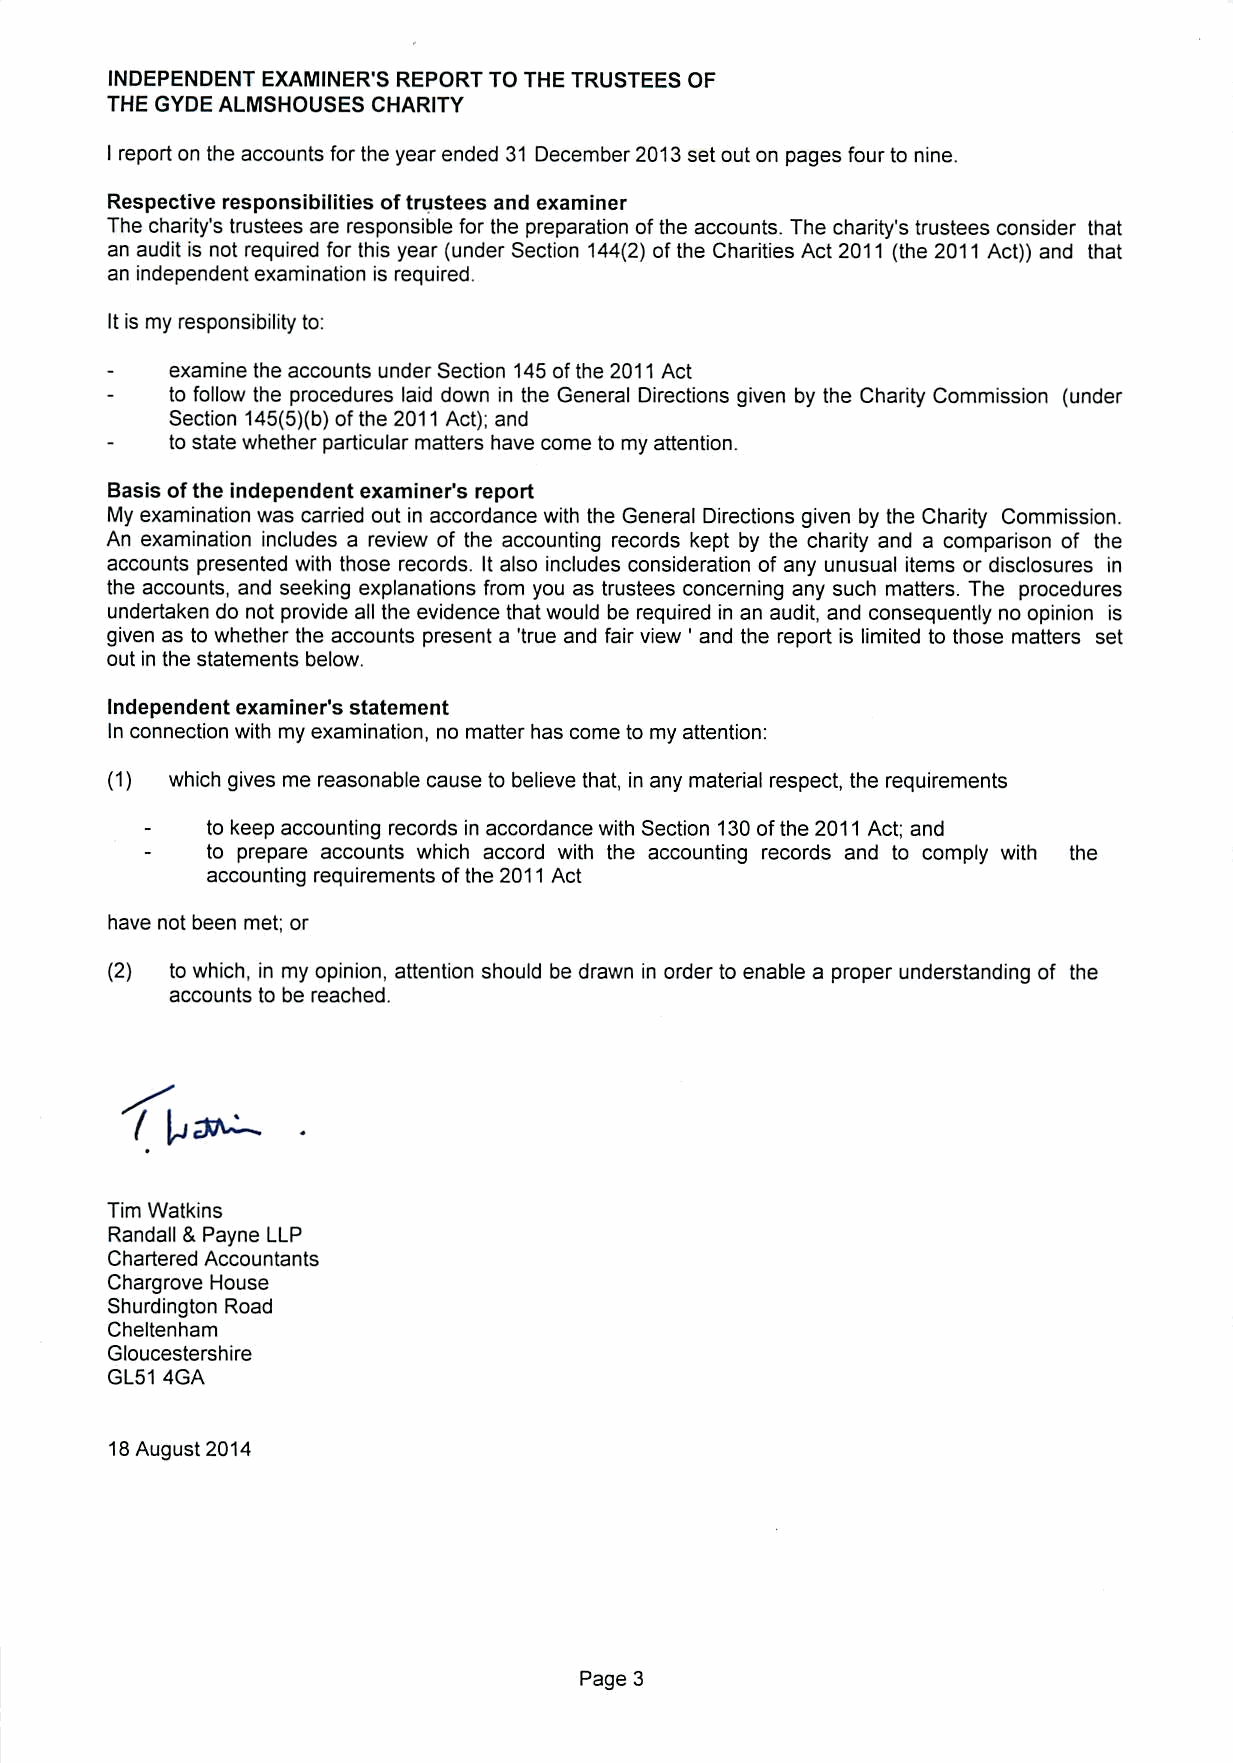
INDEPENDENT EXAMINER'S REPORT TO THE TRUSTEES OF
 THE GYDE ALMSHOUSESCHARITY
 Ireport on the accounts forthe year ended 31 December 2013 setout on pages fourto nine.
 Respective responsibilities oftrustees and examiner
 The charity's trustees are responsible forthe preparation ofthe accounts. The charity's trustees consider that
 an audit is not required for this year (under Section 144(2) of the Charities Act 2011 (the 2011 Act)) and that
 an independentexamination is required.
 Itis my responsibility to:
 examine the accounts underSection 145ofthe 2011 Act
 to follow the procedures laiddown inthe General Directions given by the Charity Commission (under
 Section 145(5)(b)of the 2011 Act); and
 to state whether particular matters have come to my attention.
 Basis ofthe independent examiner's report
 My examination was carried out inaccordance withthe General Directions given bythe Charity Commission.
 An examination includes a review of the accounting records kept by the charity and a comparison of the
 accounts presented with those records. Italso includes consideration of any unusual items or disclosures in
 the accounts, and seeking explanations from you as trustees concerning any such matters. The procedures
 undertaken do not provide allthe evidence thatwould be required inan audit, and consequently no opinion is
 given as to whether the accounts present a 'true and fairview ' and the report is limited to those matters set
 outin the statements below.
 Independent examiner's statement
 Inconnection withmyexamination, no matter has come to myattention:
 (1) which gives me reasonable cause to believe that, inany material respect, the requirements
 to keep accounting records in accordancewith Section 130of the 2011 Act; and
 to prepare accounts which accord with the accounting records and to comply with the
 accounting requirements ofthe 2011 Act
 have not been met; or
 (2) to which, in myopinion, attention should be drawn inorder to enable a proper understanding of the
 accounts to be reached.
 ( I^J^A^
 Tim Watkins
 Randall &Payne LLP
 Chartered Accountants
 Chargrove House
 Shurdington Road
 Cheltenham
 Gloucestershire
 GL51 4GA
 18 August 2014
 Page 3